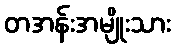
တအန်းအမျိုးသား